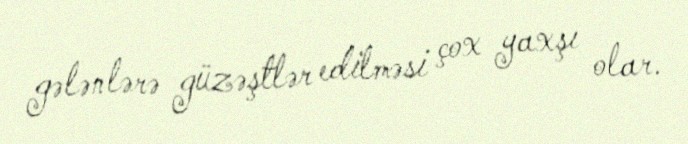
gələnlərə güzəştlər edilməsi çox yaxşı olar.